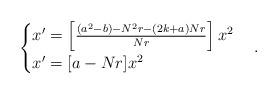
LaTeX: \begin{align*} \begin{cases}x'=\left[\frac{(a^2-b)-N^2r-(2k+a)Nr}{Nr}\right]x^2\\x'=[a-Nr]x^2\end{cases}.\end{align*}